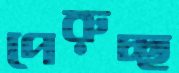
পেরুচ্ছ